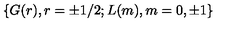
\{ G ( r ) , r = \pm 1 / 2 ; L ( m ) , m = 0 , \pm 1 \}